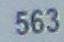
563